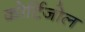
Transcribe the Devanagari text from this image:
कोर्टिजोल